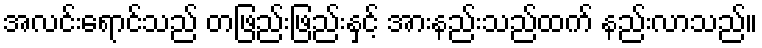
အလင်းရောင်သည် တဖြည်းဖြည်းနှင့် အားနည်းသည်ထက် နည်းလာသည်။